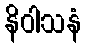
နိဝါသနံ